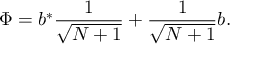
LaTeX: \Phi = b ^ { * } \frac { 1 } { \sqrt { N + 1 } } + \frac { 1 } { \sqrt { N + 1 } } b .